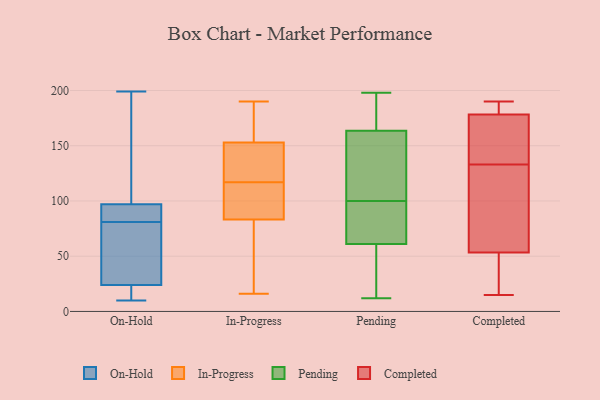
{"axis": {"x": "Website Visitors", "y": "Value"}, "legend": ["Completed", "In-Progress", "On-Hold", "Pending"], "data": [{"x": "", "y": 24, "type": "On-Hold"}, {"x": "", "y": 135, "type": "On-Hold"}, {"x": "", "y": 199, "type": "On-Hold"}, {"x": "", "y": 96, "type": "On-Hold"}, {"x": "", "y": 69, "type": "On-Hold"}, {"x": "", "y": 76, "type": "On-Hold"}, {"x": "", "y": 90, "type": "On-Hold"}, {"x": "", "y": 46, "type": "On-Hold"}, {"x": "", "y": 97, "type": "On-Hold"}, {"x": "", "y": 10, "type": "On-Hold"}, {"x": "", "y": 22, "type": "On-Hold"}, {"x": "", "y": 15, "type": "On-Hold"}, {"x": "", "y": 177, "type": "On-Hold"}, {"x": "", "y": 86, "type": "On-Hold"}, {"x": "", "y": 190, "type": "In-Progress"}, {"x": "", "y": 16, "type": "In-Progress"}, {"x": "", "y": 164, "type": "In-Progress"}, {"x": "", "y": 87, "type": "In-Progress"}, {"x": "", "y": 122, "type": "In-Progress"}, {"x": "", "y": 117, "type": "In-Progress"}, {"x": "", "y": 115, "type": "In-Progress"}, {"x": "", "y": 69, "type": "In-Progress"}, {"x": "", "y": 81, "type": "In-Progress"}, {"x": "", "y": 159, "type": "In-Progress"}, {"x": "", "y": 151, "type": "In-Progress"}, {"x": "", "y": 84, "type": "In-Progress"}, {"x": "", "y": 136, "type": "In-Progress"}, {"x": "", "y": 198, "type": "Pending"}, {"x": "", "y": 192, "type": "Pending"}, {"x": "", "y": 41, "type": "Pending"}, {"x": "", "y": 107, "type": "Pending"}, {"x": "", "y": 180, "type": "Pending"}, {"x": "", "y": 75, "type": "Pending"}, {"x": "", "y": 38, "type": "Pending"}, {"x": "", "y": 104, "type": "Pending"}, {"x": "", "y": 165, "type": "Pending"}, {"x": "", "y": 89, "type": "Pending"}, {"x": "", "y": 12, "type": "Pending"}, {"x": "", "y": 79, "type": "Pending"}, {"x": "", "y": 96, "type": "Pending"}, {"x": "", "y": 162, "type": "Pending"}, {"x": "", "y": 47, "type": "Pending"}, {"x": "", "y": 115, "type": "Pending"}, {"x": "", "y": 190, "type": "Completed"}, {"x": "", "y": 189, "type": "Completed"}, {"x": "", "y": 176, "type": "Completed"}, {"x": "", "y": 23, "type": "Completed"}, {"x": "", "y": 150, "type": "Completed"}, {"x": "", "y": 48, "type": "Completed"}, {"x": "", "y": 15, "type": "Completed"}, {"x": "", "y": 133, "type": "Completed"}, {"x": "", "y": 179, "type": "Completed"}, {"x": "", "y": 158, "type": "Completed"}, {"x": "", "y": 114, "type": "Completed"}, {"x": "", "y": 97, "type": "Completed"}, {"x": "", "y": 21, "type": "Completed"}, {"x": "", "y": 66, "type": "Completed"}, {"x": "", "y": 116, "type": "Completed"}, {"x": "", "y": 133, "type": "Completed"}, {"x": "", "y": 182, "type": "Completed"}, {"x": "", "y": 187, "type": "Completed"}, {"x": "", "y": 49, "type": "Completed"}]}